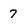
Character: 7